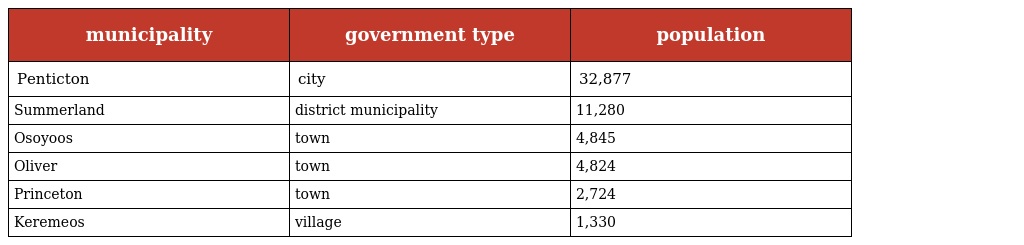
| municipality | government type | population |
 | --- | --- | --- |
 | Penticton | city | 32,877 |
 | Summerland | district municipality | 11,280 |
 | Osoyoos | town | 4,845 |
 | Oliver | town | 4,824 |
 | Princeton | town | 2,724 |
 | Keremeos | village | 1,330 |